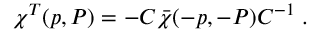
\chi ^ { T } ( p , P ) = - C \bar { \chi } ( - p , - P ) C ^ { - 1 } \; .